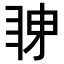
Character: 𭻋